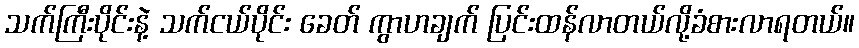
သက်ကြီးပိုင်းနဲ့ သက်ငယ်ပိုင်း ခေတ် ကွာဟချက် ပြင်းထန်လာတယ်လို့ခံစားလာရတယ်။